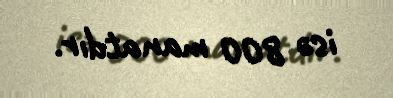
isə 800 manatdır.